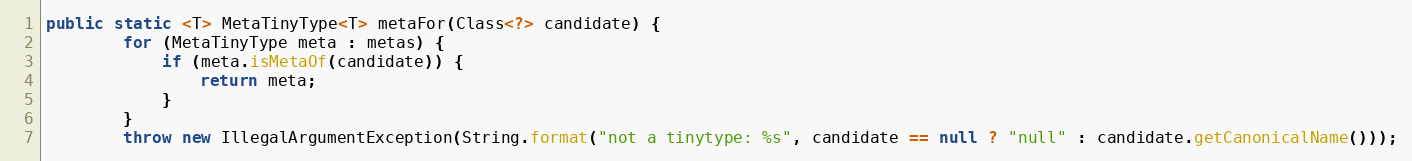
Language: Java
public static <T> MetaTinyType<T> metaFor(Class<?> candidate) {
        for (MetaTinyType meta : metas) {
            if (meta.isMetaOf(candidate)) {
                return meta;
            }
        }
        throw new IllegalArgumentException(String.format("not a tinytype: %s", candidate == null ? "null" : candidate.getCanonicalName()));